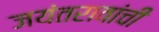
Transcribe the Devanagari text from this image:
जयंतरावांची